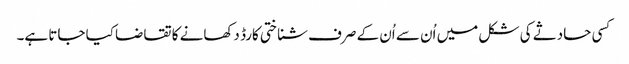
کسی حادثے کی شکل میں اُن سے اُن کے صرف شناختی کارڈ دکھانے کا تقاضا کیا جاتا ہے۔